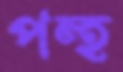
পন্হ